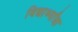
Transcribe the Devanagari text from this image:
विद्यार्थ्यांन्ना